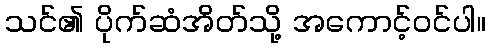
သင်၏ ပိုက်ဆံအိတ်သို့ အကောင့်ဝင်ပါ။